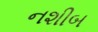
નશીબ